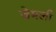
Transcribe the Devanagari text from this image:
जेमली